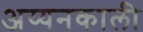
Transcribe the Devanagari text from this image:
अय्यनकाली